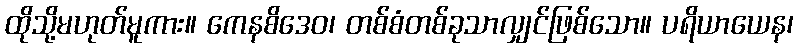
ထိုသို့မဟုတ်မူကား။ ကေနစိဒေဝ၊ တစ်စံတစ်ခုသာလျှင်ဖြစ်သော။ ပရိယာယေန၊